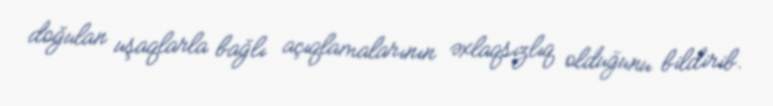
doğulan uşaqlarla bağlı açıqlamalarının əxlaqsızlıq olduğunu bildirib.